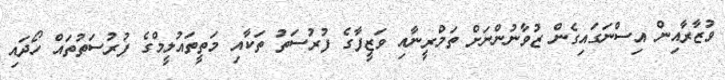
ވުޒާރާއިން އިސްނަގައިގެން ޒުވާނުންނަށް ތަމްރީނާއި ވަޒީފާގެ ފުރުސަތު ތަކާއި މަތީތައުލީމްގެ ފުރުސަތުތައް ހޯދައި